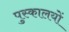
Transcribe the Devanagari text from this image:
पुस्कालयों